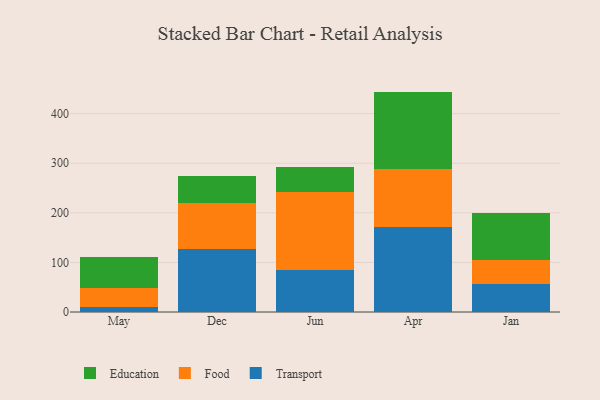
{"axis": {"x": "Month", "y": "Humidity (%)"}, "legend": ["Education", "Food", "Transport"], "data": [{"x": "May", "y": 10.4, "type": "Transport"}, {"x": "May", "y": 39.0, "type": "Food"}, {"x": "May", "y": 60.7, "type": "Education"}, {"x": "Dec", "y": 127.5, "type": "Transport"}, {"x": "Dec", "y": 92.8, "type": "Food"}, {"x": "Dec", "y": 53.5, "type": "Education"}, {"x": "Jun", "y": 84.6, "type": "Transport"}, {"x": "Jun", "y": 157.8, "type": "Food"}, {"x": "Jun", "y": 50.3, "type": "Education"}, {"x": "Apr", "y": 172.0, "type": "Transport"}, {"x": "Apr", "y": 116.4, "type": "Food"}, {"x": "Apr", "y": 156.0, "type": "Education"}, {"x": "Jan", "y": 56.2, "type": "Transport"}, {"x": "Jan", "y": 48.9, "type": "Food"}, {"x": "Jan", "y": 95.0, "type": "Education"}]}